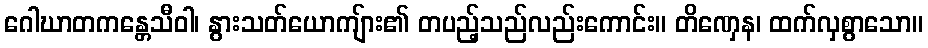
ဂေါဃာတကန္တေသီဝါ၊ နွားသတ်ယောကျ်ား၏ တပည့်သည်လည်းကောင်း။ တိဏှေန၊ ထက်လှစွာသော။